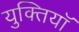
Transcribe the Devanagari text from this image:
युक्तियॉ